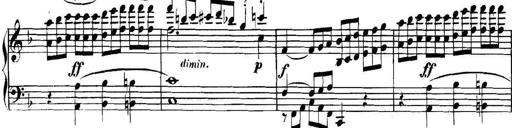
Title: Collected Piano Sonatas
Composer: Muzio Clementi